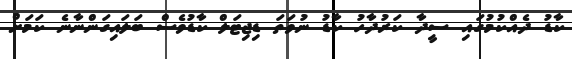
ކާޑު ދެއްކުމުގައި ސީދާ ކަރުދާހު ކާޑު ނުވަތަ ޑިޖިޓަލް ކާޑުވެސް ބަލައިގަންނާނެ ކަމަށް